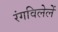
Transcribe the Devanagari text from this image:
रंगविलेलें